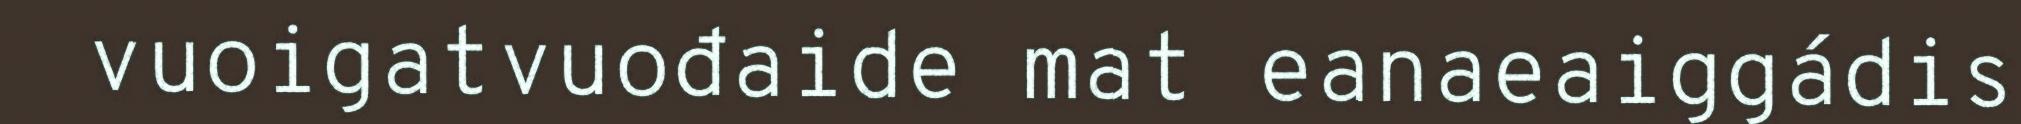
vuoigatvuođaide mat eanaeaiggádis